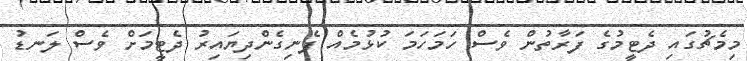
މިމެޗުގައި ދެޓީމުގެ ފަރާތުން ވެސް ހަމަހަމަ ކުޅުމެއް ފެނިގެންދިޔައިރު ދެޓީމަށް ވެސް ލަނޑު